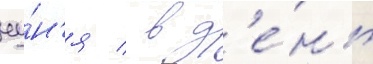
иу́н'я / в д'е́нь